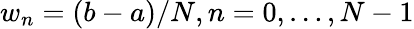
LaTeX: w_{n}=(b-a)/N,n=0,\dots,N-1